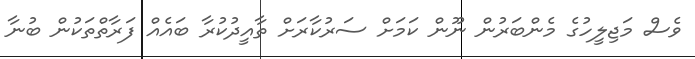
ވެސް މަޖިލީހުގެ މެންބަރުން ނޫން ކަމަށް ސަރުކާރަށް ތާއީދުކުރާ ބައެއް ފަރާތްތަކުން ބުނާ